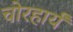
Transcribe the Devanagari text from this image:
चोरहार्यं